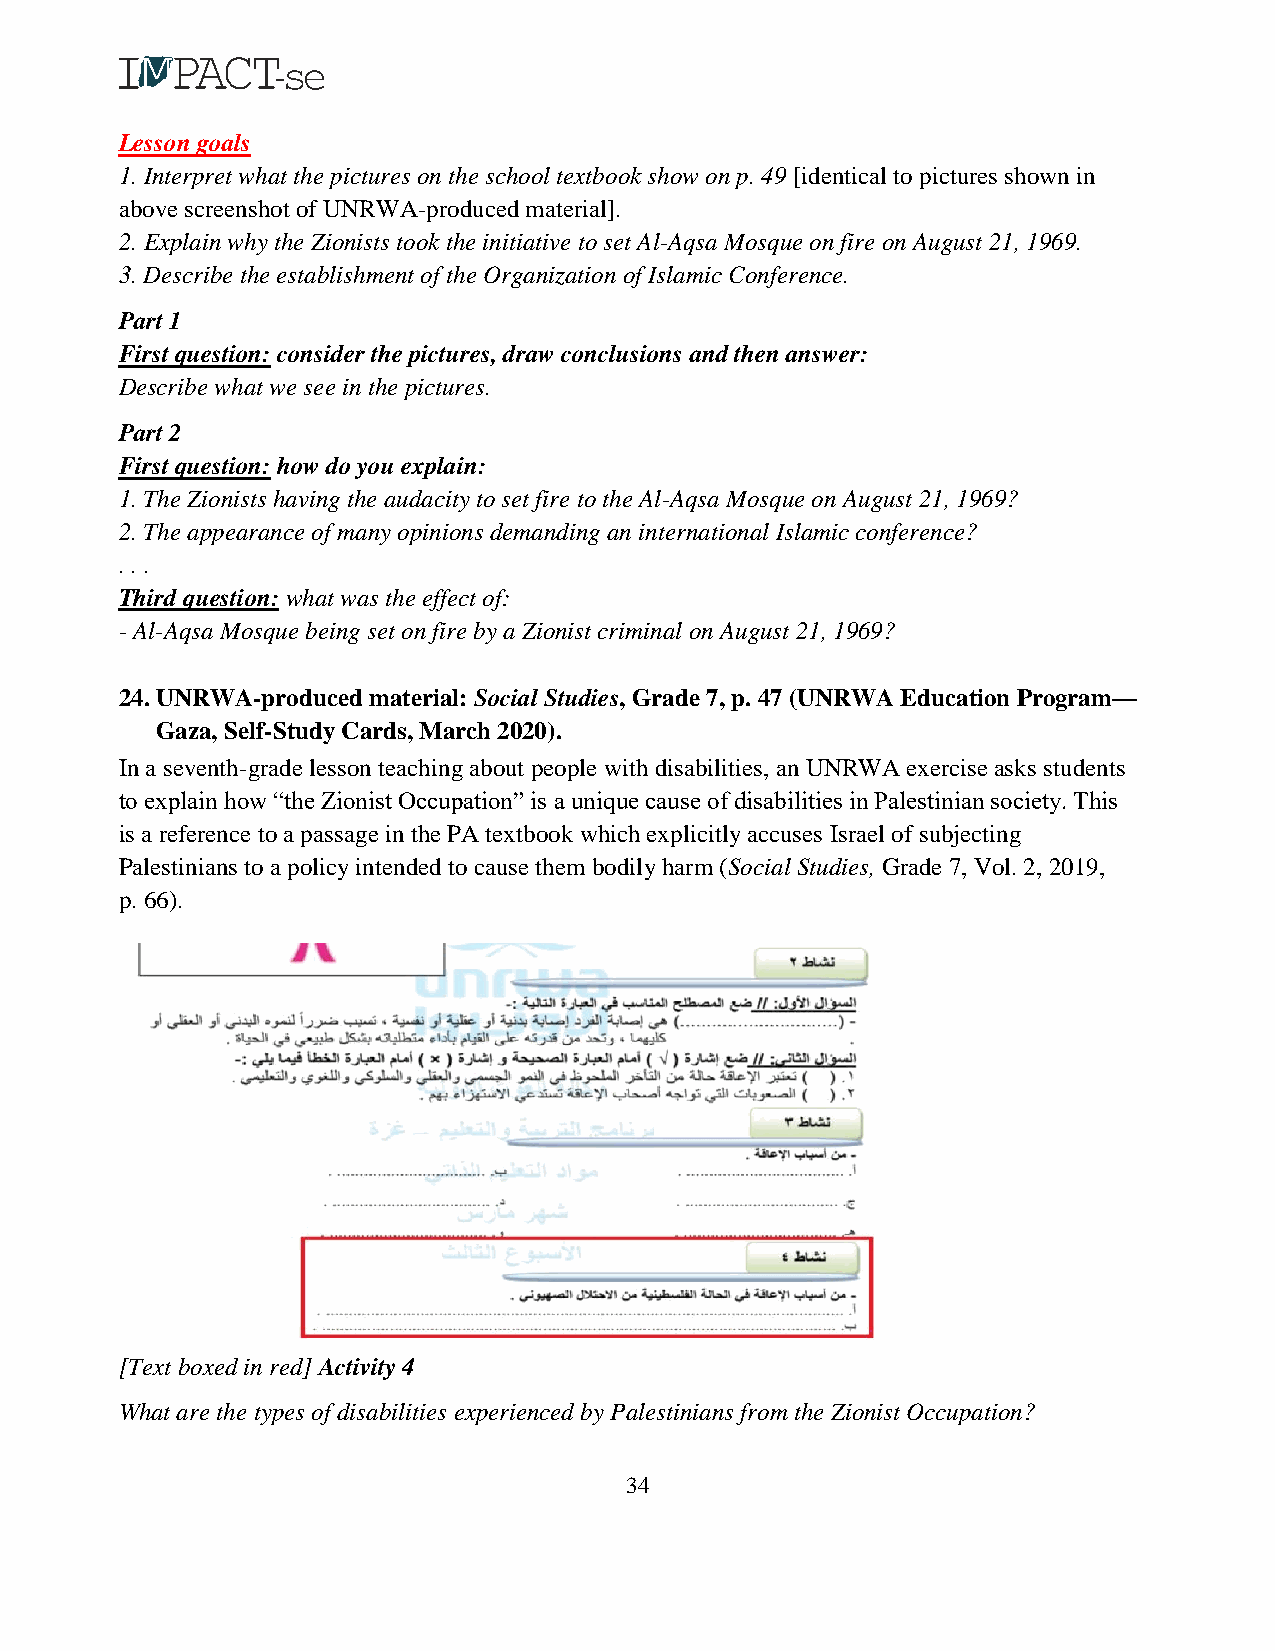
Lesson goals
 1. Interpret what the pictures on the school textbook show on p. 49 [identical to pictures shown in
 above screenshot of UNRWA-produced material].
 2. Explain why the Zionists took the initiative to set Al-Aqsa Mosque on fire on August 21, 1969.
 3. Describe the establishment of the Organization of Islamic Conference.
 Part 1
 First question: consider the pictures, draw conclusions and then answer:
 Describe what we see in the pictures.
 Part 2
 First question: how do you explain:
 1. The Zionists having the audacity to set fire to the Al-Aqsa Mosque on August 21, 1969?
 2. The appearance of many opinions demanding an international Islamic conference?
 . . .
 Third question: what was the effect of:
 - Al-Aqsa Mosque being set on fire by a Zionist criminal on August 21, 1969?
 24. UNRWA-produced material: Social Studies, Grade 7, p. 47 (UNRWA Education Program—
 Gaza, Self-Study Cards, March 2020).
 In a seventh-grade lesson teaching about people with disabilities, an UNRWA exercise asks students
 to explain how “the Zionist Occupation” is a unique cause of disabilities in Palestinian society. This
 is a reference to a passage in the PA textbook which explicitly accuses Israel of subjecting
 Palestinians to a policy intended to cause them bodily harm (Social Studies, Grade 7, Vol. 2, 2019,
 p. 66).
 [Text boxed in red] Activity 4
 What are the types of disabilities experienced by Palestinians from the Zionist Occupation?
 34